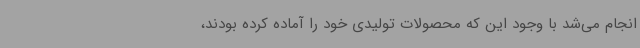
انجام می‌شد با وجود این که محصولات تولیدی خود را آماده کرده بودند،